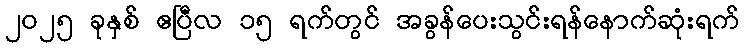
၂၀၂၅ ခုနှစ် ဧပြီလ ၁၅ ရက်တွင် အခွန်ပေးသွင်းရန်နောက်ဆုံးရက်